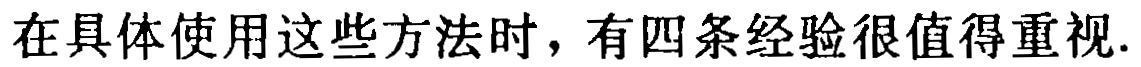
在具体使用这些方法时，有四条经验很值得重视.